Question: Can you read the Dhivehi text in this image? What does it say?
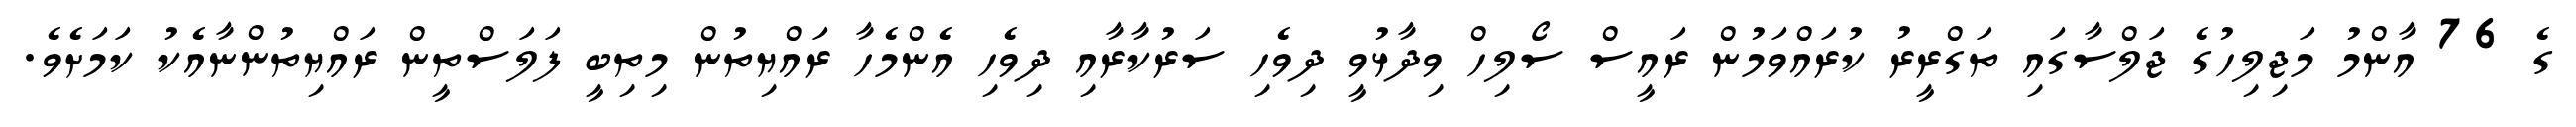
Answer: ގެ 76 އާންމު މަޖިލިހުގެ ޖަލްސާގައި ތަގްރީރު ކުރައްވަމުން ރައީސް ސޯލިހް ވިދާޅުވީ ދިވެހި ސަރުކާރާއި ދިވެހި އެންމެހާ ރައްޔިތުން މިތިބީ ފަލަސްތީން ރައްޔިތުންނާއެކު ކަމަށެވެ.